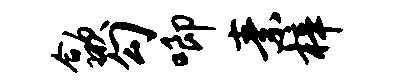
歙勾唧素梓